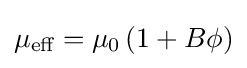
\mu _{\text{eff}}=\mu _{0}\left(1+B\phi \right)